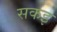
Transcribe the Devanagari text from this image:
सकइ